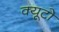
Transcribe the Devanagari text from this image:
क्यूटो